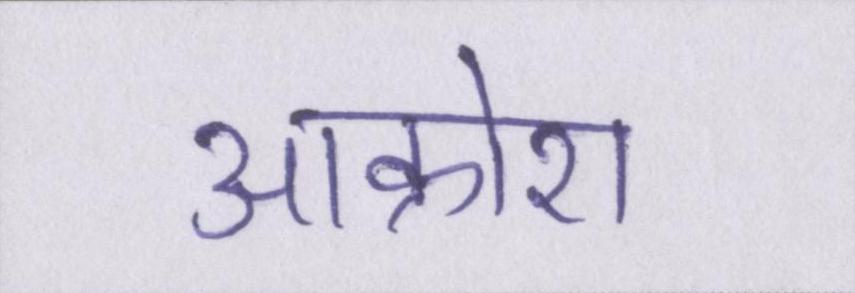
आक्रोश